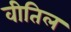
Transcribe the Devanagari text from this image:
वीतिल